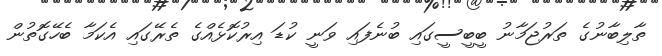
ތާލިބާނުގެ ތަރުޖަމާނު ބީބީސީގައި ބުނެފައި ވަނީ ކުޑަ އިރުކޮޅެއްގެ ތެރޭގައި އެކަމާ ބެހޭގޮތުން